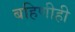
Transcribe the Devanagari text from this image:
बहिणीही